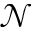
\mathcal { N }